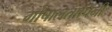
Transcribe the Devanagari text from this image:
गोपालतापिनी